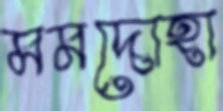
মমদোহা